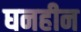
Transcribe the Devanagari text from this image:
घनहीन